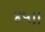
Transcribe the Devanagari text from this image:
४५।।